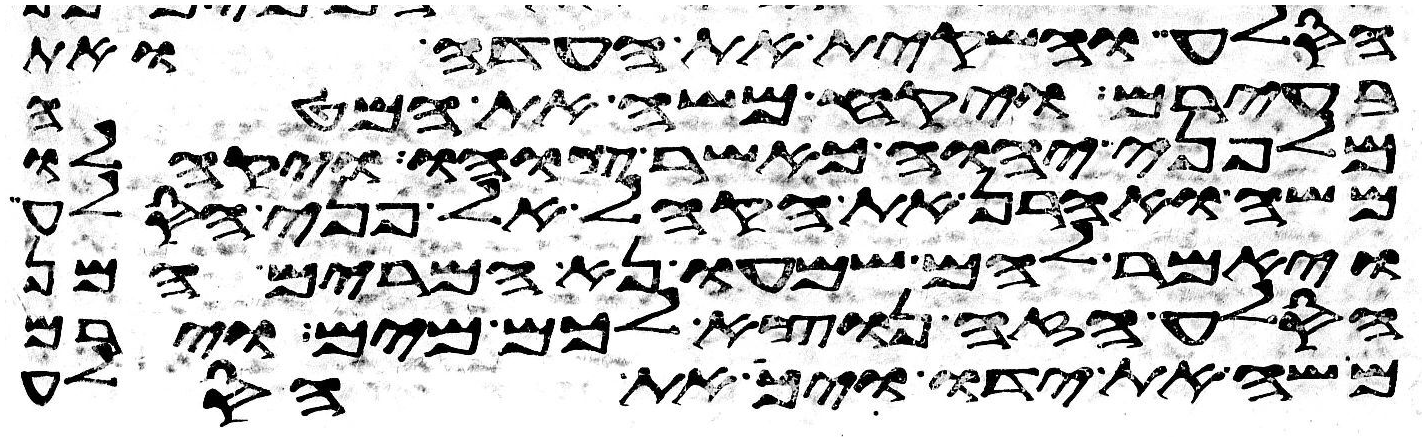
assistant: הסלע והשקית את העדה ואת
בעירם ויקח משה את המטה
מלפני יהוה כאשר צוהו ויקהלו
משה ואהרן את הקהל אל פני הסלע
ויאמר להם שמעו נא המרים המן
הסלע הזה נוציא לכם מים וירם
משה את ידו ויך את הסלע